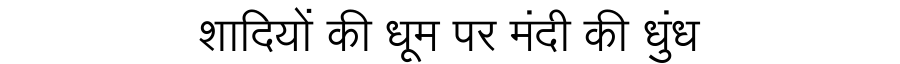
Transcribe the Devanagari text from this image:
शादियों की धूम पर मंदी की धुंध